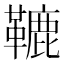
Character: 𩌫